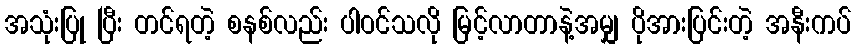
အသုံးပြု ပြီး တင်ရတဲ့ စနစ်လည်း ပါဝင်သလို မြင့်လာတာနဲ့အမျှ ပိုအားပြင်းတဲ့ အနီးကပ်